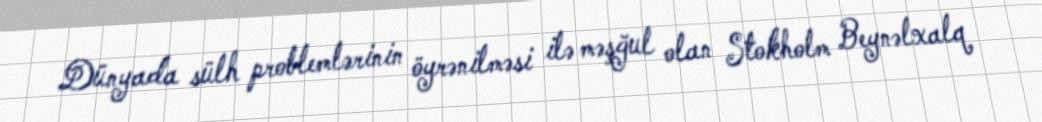
Dünyada sülh problemlərinin öyrənilməsi ilə məşğul olan Stokholm Beynəlxalq